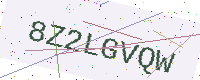
Text: 8Z2LGVQW